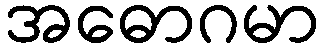
အဓောဂမာ